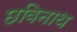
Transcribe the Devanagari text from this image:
छविनाथ